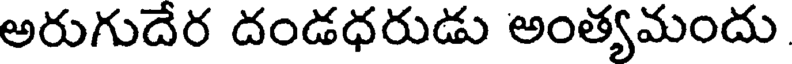
అరుగుదేర దండధరుడు అంత్యమందు